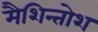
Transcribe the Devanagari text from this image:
मैशिन्तोश